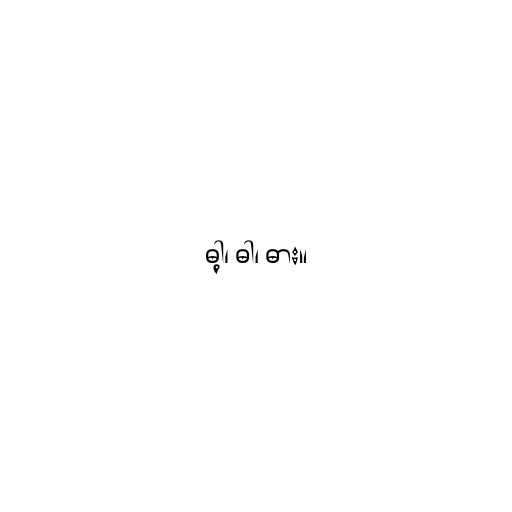
ဓါ့၊ ဓါ၊ ဓား။